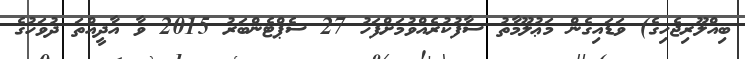
ބިއްލޫރިޖެހިގެ) ވަޑައިގެން މަޢުލޫމާތު ސާފުކުރެއްވުމަށްފަހު 27 ސެޕްޓެންބަރު 2015 ވާ އާދީއްތަ ދުވަހުގެ